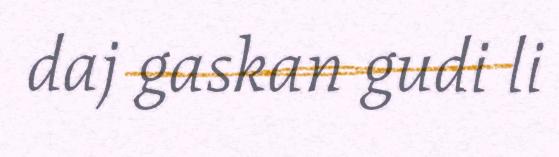
daj gaskan gudi li